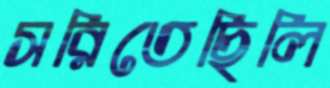
সরিতেছিলি